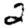
Digit: 2